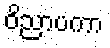
ဝိညာပကာ